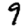
Digit: 9